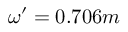
\omega ^ { \prime } = 0 . 7 0 6 m